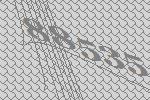
88535